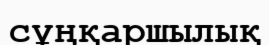
сұңқаршылық